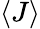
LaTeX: \langle J\rangle